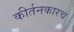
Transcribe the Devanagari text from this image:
कीर्तनकारच